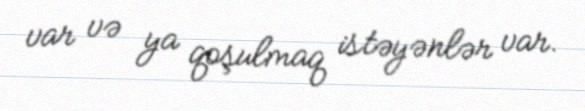
var və ya qoşulmaq istəyənlər var.